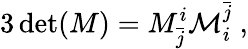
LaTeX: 3\operatorname*{det}(M)=M_{\bar{j}}^{i}{\cal M}_{i}^{\bar{j}}~,